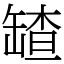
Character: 𦉆